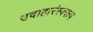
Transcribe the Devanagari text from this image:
उदाहारंस्वरूप